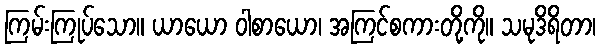
ကြမ်းကြုပ်သော။ ယာယော ဝါစာယော၊ အကြင်စကားတို့ကို။ သမုဒိရိတာ၊